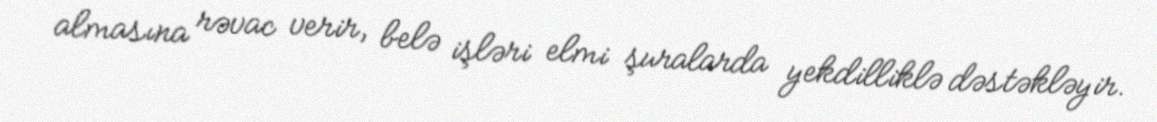
almasına rəvac verir, belə işləri elmi şuralarda yekdilliklə dəstəkləyir.